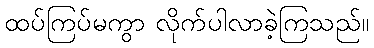
ထပ်ကြပ်မကွာ လိုက်ပါလာခဲ့ကြသည်။